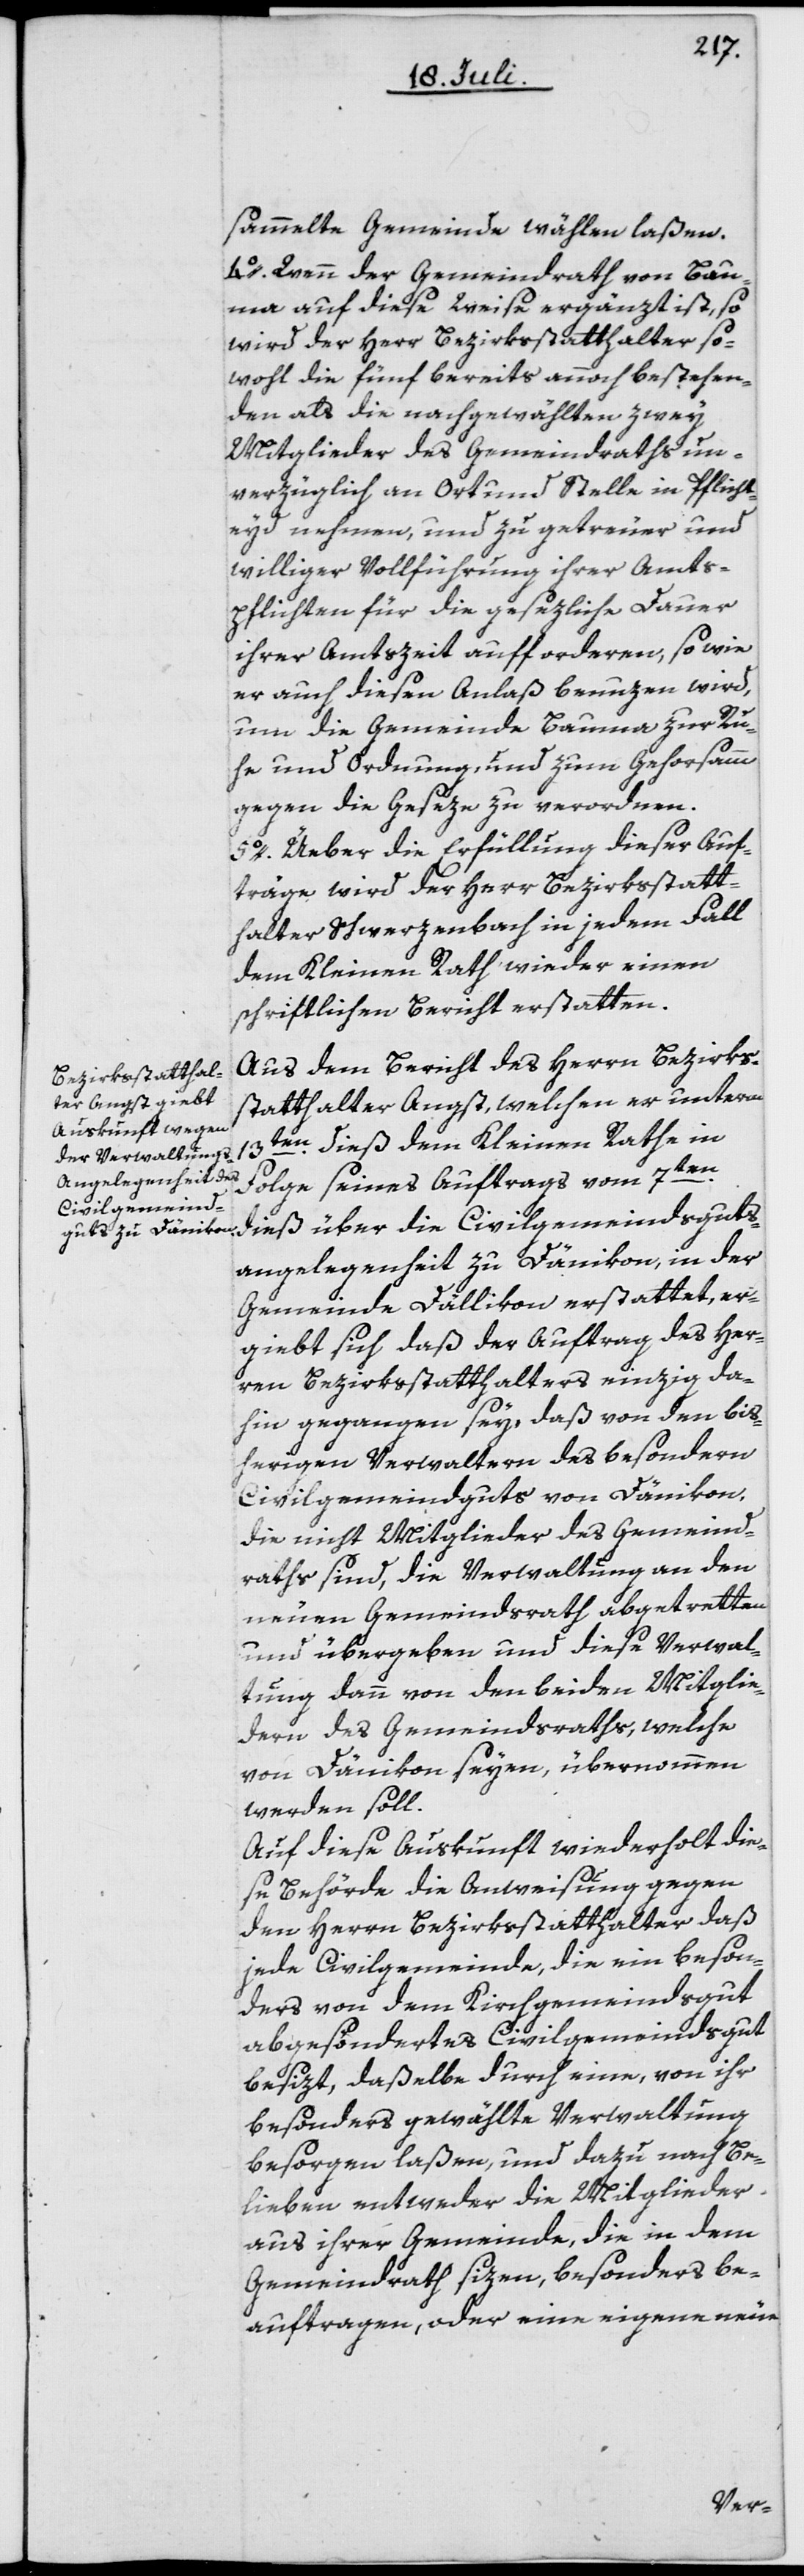
sammelte Gemeinde wählen laßen.
4o. Wenn der Gemeindrath von Bau¬
ma auf diese Weise ergänzt ist, so
wird der Herr Bezirksstatthalter so¬
wohl die fünf bereits annoch bestehen¬
den als die nachgewählten zwey
Mitglieder des Gemeindraths un¬
verzüglich an Ort und Stelle in Pflicht¬
eyd nehmen, und zu getreuer und
williger Vollführung ihrer Amts¬
pflichten für die gesezliche Dauer
ihrer Amtszeit aufforderen, so wie
er auch diesen Anlaß benuzen wird,
um die Gemeinde Bauma zur Ru¬
he und Ordnung und zum Gehorsamm
gegen die Geseze zu verordnen.
5o. Üeber die Erfüllung dieser Auf¬
träge wird der Herr Bezirksstatt¬
halter Schwerzenbach in jedem Fall
dem Kleinen Rath wieder einen
schriftlichen Bericht erstatten.
Aus dem Bericht des Herrn Bezirks¬
statthalter Angst, welchen er unterm
13ten dieß dem Kleinen Rathe in
Folge seines Auftrags vom 7ten
dieß über die Civilgemeindsguts¬
angelegenheit zu Dänikon, in der
Gemeinde Dällikon erstattet, er¬
giebt sich daß der Auftrag des Her¬
ren Bezirksstatthalters einzig da¬
hin gegangen sey, daß von den bis¬
herigen Verwaltern des besondern
Civilgemeindguts von Dänikon,
die nicht Mitglieder des Gemeind¬
raths sind, die Verwaltung an den
neuen Gemeindsrath abgetretten
und übergeben und diese Verwal¬
tung dann von den beiden Mitglie¬
dern des Gemeindsraths, welche
von Dänikon seyen, übernommen
werden soll.
Auf diese Auskunft wiederholt die¬
se Behörde die Anweisung gegen
den Herrn Bezirksstatthalter daß
jede Civilgemeinde, die ein beson¬
ders von dem Kirchgemeindsgut
abgesöndertes Civilgemeindsgut
besizt, daßelbe durch eine, von ihr
besonders gewählte Verwaltung
besorgen laßen, und dazu nach Be¬
lieben entweder die Mitglieder
aus ihrer Gemeinde, die in dem
Gemeindrath sizen, besonders be¬
auftragen, oder eine eigene neue